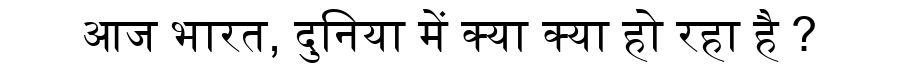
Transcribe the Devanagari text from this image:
आज भारत, दुनिया में क्या क्या हो रहा है ?